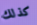
كذلك